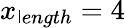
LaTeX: x_{\mathsf{l}ength}=4